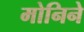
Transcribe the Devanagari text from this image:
मोनिने